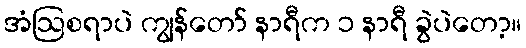
အံဩစရာပဲ ကျွန်တော် နာရီက ၁ နာရီ ခွဲပဲတော့။